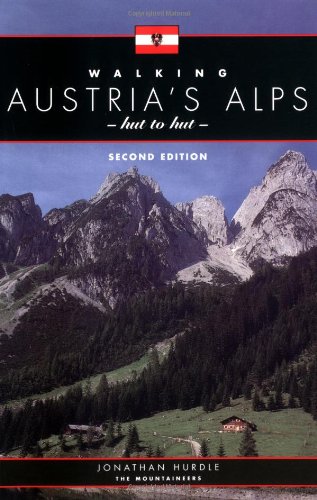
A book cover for Walking Austria's Alps: Hut to Hut 2nd Edition; Johathan Hurdle; Sports & Outdoors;